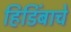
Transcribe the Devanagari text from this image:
हिडिंबाचे